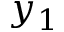
y _ { 1 }